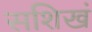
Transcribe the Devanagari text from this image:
सशिखं